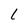
Character: L